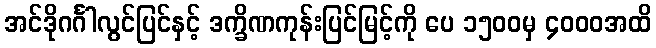
အင်ဒိုဂင်္ဂါလွင်ပြင်နှင့် ဒက္ခိဏကုန်းပြင်မြင့်ကို ပေ ၁၅၀၀မှ ၄၀၀၀အထိ